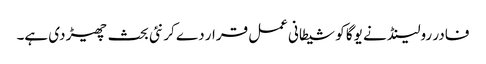
فادر رولینڈ نے یوگا کو شیطانی عمل قرار دے کر نئی بحث چھیڑ دی ہے۔